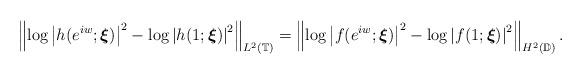
LaTeX: \begin{align*}\left\Vert \log \left\vert h(e^{iw};\boldsymbol{\xi })\right\vert ^{2}-\log\left\vert h(1;\boldsymbol{\xi })\right\vert ^{2}\right\Vert _{L^{2}\left( \mathbb{T}\right) }=\left\Vert \log \left\vert f(e^{iw};\boldsymbol{\xi })\right\vert^{2}-\log \left\vert f(1;\boldsymbol{\xi })\right\vert ^{2}\right\Vert _{H^{2}\left( \mathbb{D}\right) }.\end{align*}